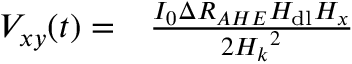
\begin{array} { r l } { V _ { x y } ( t ) = } & { { } \frac { I _ { 0 } \Delta R _ { A H E } H _ { \mathrm { d l } } H _ { x } } { 2 { H _ { k } } ^ { 2 } } } \end{array}